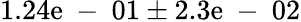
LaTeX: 1.24\mathrm{e}\mathrm{{~-~}}01\pm2.3\mathrm{e}\mathrm{{~-~}}02